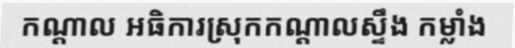
កណ្តាល អធិការស្រុកកណ្តាលស្ទឹង កម្លាំង